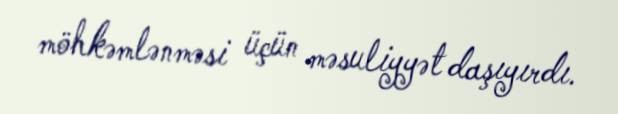
möhkəmlənməsi üçün məsuliyyət daşıyırdı.